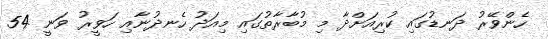
ހެންވޭރު ދަނޑުގައި ކުރިއަށްދާ މި މުބާރާތުގައި މިއަދު ހެނދުނާއި ހަވީރު ވަނީ 54